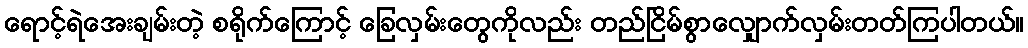
ရောင့်ရဲအေးချမ်းတဲ့ စရိုက်ကြောင့် ခြေလှမ်းတွေကိုလည်း တည်ငြိမ်စွာလျှောက်လှမ်းတတ်ကြပါတယ်။